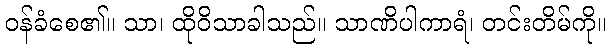
ဝန်ခံစေ၏။ သာ၊ ထိုဝိသာခါသည်။ သာဏိပါကာရံ၊ တင်းတိမ်ကို။